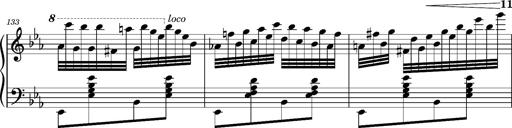
Title: Magyar rapszÃ³diÃ¡k
Composer: Franz Liszt